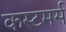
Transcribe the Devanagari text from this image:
कस्टमर्स